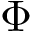
\Phi